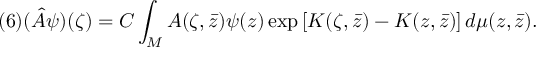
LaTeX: ( 6 ) ( \hat { A } \psi ) ( \zeta ) = C \int _ { \cal M } A ( \zeta , \bar { z } ) \psi ( z ) \exp \left[ K ( \zeta , \bar { z } ) - K ( z , \bar { z } ) \right] d \mu ( z , \bar { z } ) .